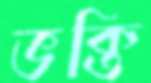
ভক্তি